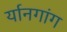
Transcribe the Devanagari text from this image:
र्यानगांग